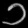
Digit: ၁